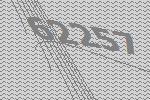
62257